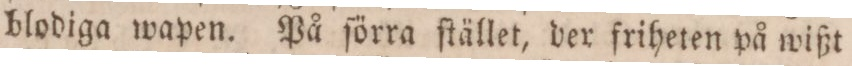
blodiga wapen. På ſörra ſtället, der friheten på wißt